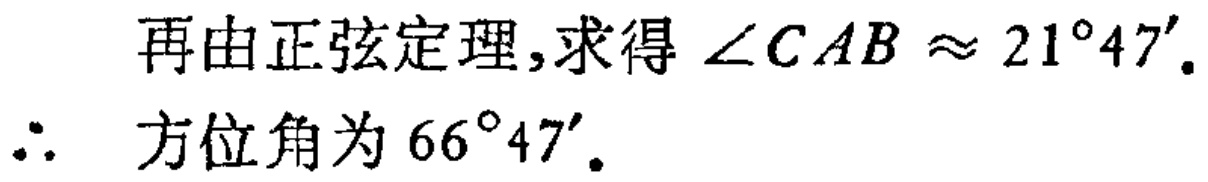
再由正弦定理,求得\(\angle CAB\approx 21^{\circ}47'\).
\(\therefore\) 方位角为\(66^{\circ}47'\).